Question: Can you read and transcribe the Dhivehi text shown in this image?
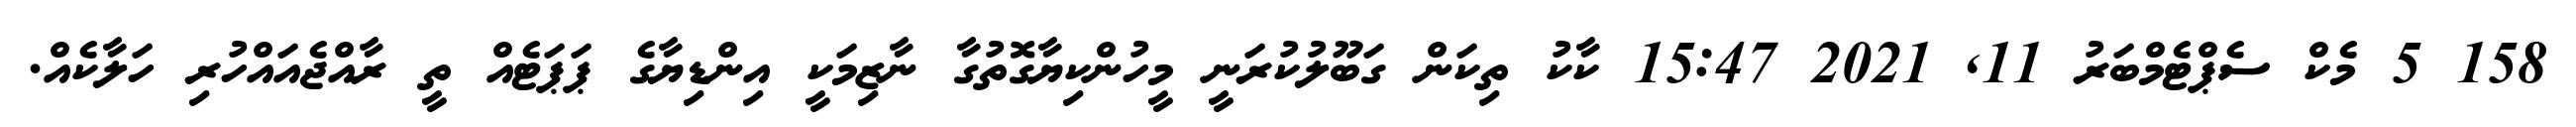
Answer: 158 5 މެކް ސެޕްޓެމްބަރު 11, 2021 15:47 ކާކު ތިކަން ގަބޫލުކުރަނީ މީހުންކިޔާގޮތުގާ ނާޒިމަކީ އިންޑިޔާގެ ޕަޕަޓެއް ތީ ރާއްޖެއައްހުރި ހަލާކެއް.